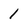
Character: 1